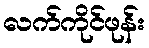
လက်ကိုင်ဖုန်း